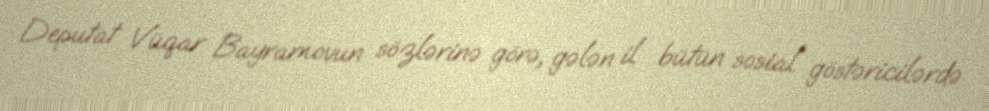
Deputat Vüqar Bayramovun sözlərinə görə, gələn il bütün sosial göstəricilərdə